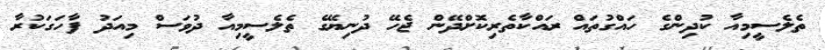
ތެލެސީމިއާ ކުދިންގެ ހައްގުތައް ރައްކާތެރިކޮށްދޭން ޖެހޭ ދުނިޔޭގެ ތެލެސީމިއާ ދުވަސް މިއަދު ފާހަގަކުރާ